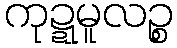
ကုဍ္ဍမူလဉ္စ